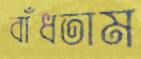
বাঁধতাম